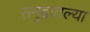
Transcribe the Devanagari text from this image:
समुद्रातल्या